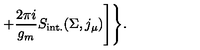
+ \frac { 2 \pi i } { g _ { m } } S _ { \mathrm { i n t . } } ( \Sigma , j _ { \mu } ) \Biggr ] \Biggr \} .